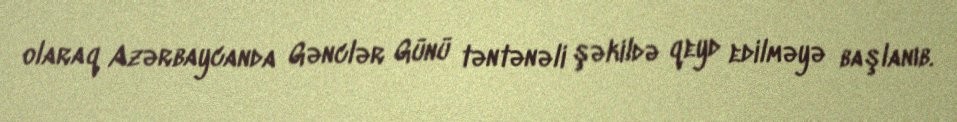
olaraq Azərbaycanda Gənclər Günü təntənəli şəkildə qeyd edilməyə başlanıb.